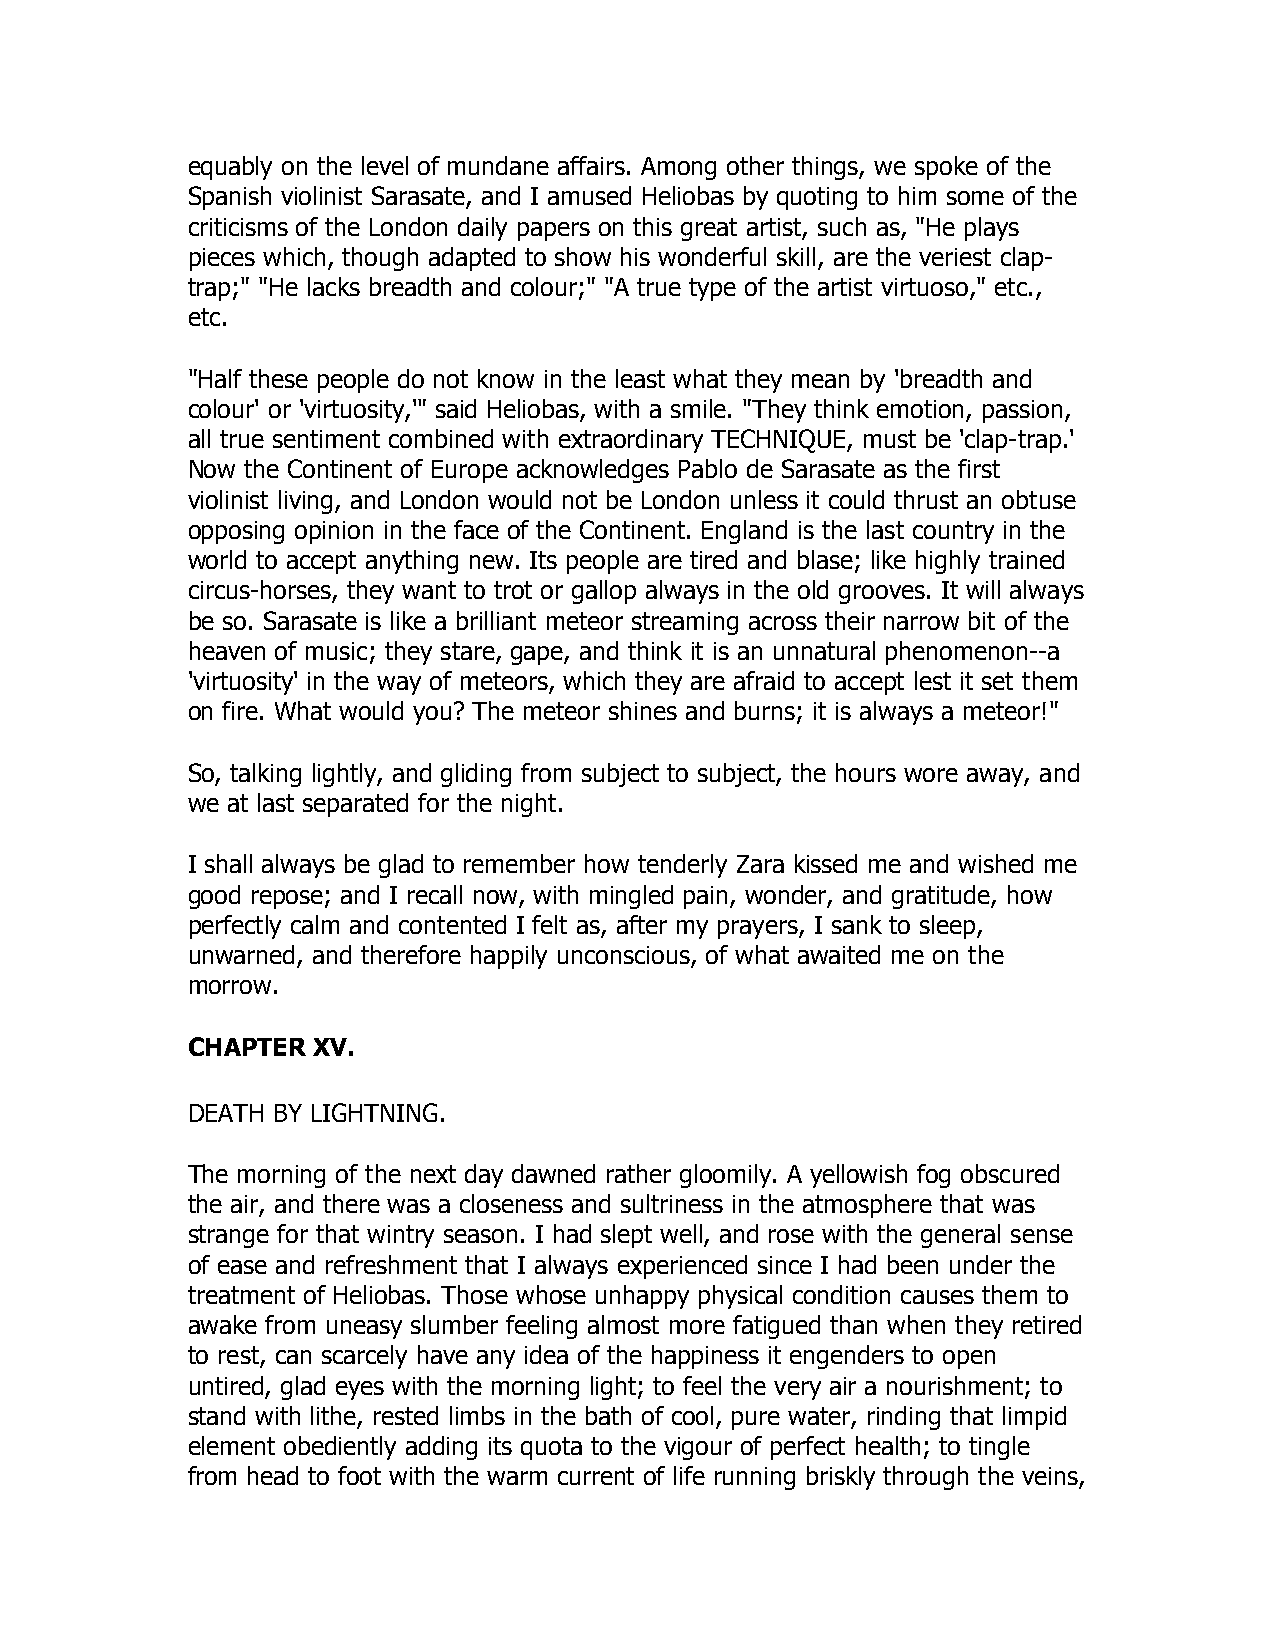
equably on the level of mundane affairs. Among other things, we spoke of the
 Spanish violinist Sarasate, and I amused Heliobas by quoting to him some of the
 criticisms of the London daily papers on this great artist, such as, "He plays
 pieces which, though adapted to show his wonderful skill, are the veriest clap-
 trap;" "He lacks breadth and colour;" "A true type of the artist virtuoso," etc.,
 etc.
 "Half these people do not know in the least what they mean by 'breadth and
 colour' or 'virtuosity,'" said Heliobas, with a smile. "They think emotion, passion,
 all true sentiment combined with extraordinary TECHNIQUE, must be 'clap-trap.'
 Now the Continent of Europe acknowledges Pablo de Sarasate as the first
 violinist living, and London would not be London unless it could thrust an obtuse
 opposing opinion in the face of the Continent. England is the last country in the
 world to accept anything new. Its people are tired and blase; like highly trained
 circus-horses, they want to trot or gallop always in the old grooves. It will always
 be so. Sarasate is like a brilliant meteor streaming across their narrow bit of the
 heaven of music; they stare, gape, and think it is an unnatural phenomenon--a
 'virtuosity' in the way of meteors, which they are afraid to accept lest it set them
 on fire. What would you? The meteor shines and burns; it is always a meteor!"
 So, talking lightly, and gliding from subject to subject, the hours wore away, and
 we at last separated for the night.
 I shall always be glad to remember how tenderly Zara kissed me and wished me
 good repose; and I recall now, with mingled pain, wonder, and gratitude, how
 perfectly calm and contented I felt as, after my prayers, I sank to sleep,
 unwarned, and therefore happily unconscious, of what awaited me on the
 morrow.
 CHAPTER  XV.
 DEATH BY LIGHTNING.
 The morning of the next day dawned rather gloomily. A yellowish fog obscured
 the air, and there was a closeness and sultriness in the atmosphere that was
 strange for that wintry season. I had slept well, and rose with the general sense
 of ease and refreshment that I always experienced since I had been under the
 treatment of Heliobas. Those whose unhappy physical condition causes them to
 awake from uneasy slumber feeling almost more fatigued than when they retired
 to rest, can scarcely have any idea of the happiness it engenders to open
 untired, glad eyes with the morning light; to feel the very air a nourishment; to
 stand with lithe, rested limbs in the bath of cool, pure water, rinding that limpid
 element obediently adding its quota to the vigour of perfect health; to tingle
 from head to foot with the warm current of life running briskly through the veins,